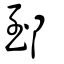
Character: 郅